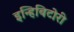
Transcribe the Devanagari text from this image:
इन्हिबिटोरी